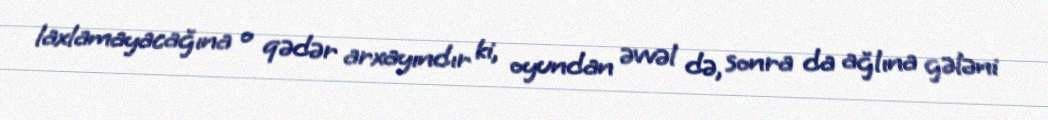
laxlamayacağına o qədər arxayındır ki, oyundan əvvəl də, sonra da ağlına gələni